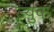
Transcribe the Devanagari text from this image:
ज्युक